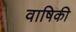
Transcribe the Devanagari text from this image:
वाषिकी